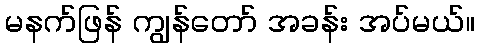
မနက်ဖြန် ကျွန်တော် အခန်း အပ်မယ်။